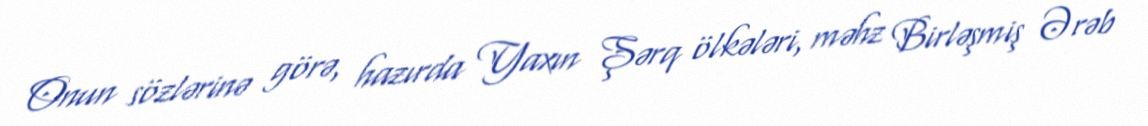
Onun sözlərinə görə, hazırda Yaxın Şərq ölkələri, məhz Birləşmiş Ərəb